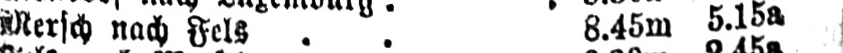
Mersch nach Fels .. 8.45m 5.15a